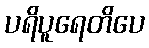
ပရိပူရေတိပေ